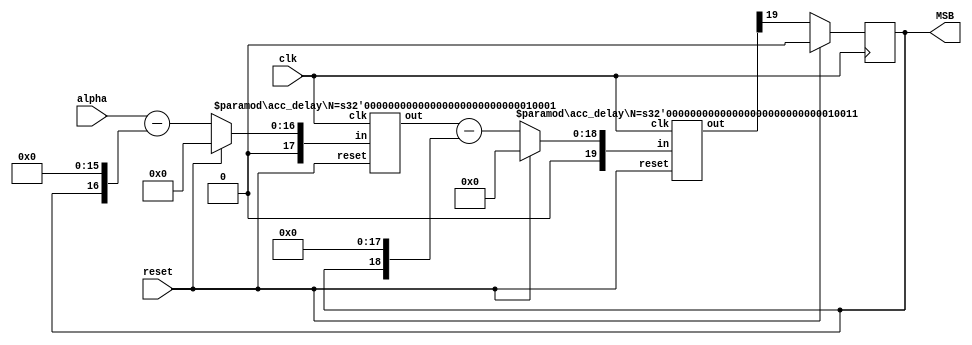
module dsm_order2 (alpha, reset, MSB, clk);
    input [15:0] alpha; // m = 3, [m-1:0]
    input clk, reset;
    output reg MSB;

    wire signed [16:0] vdiff1;  // m 
    wire signed [17:0] vint1;  // m+1
    wire signed [16:0] fb; // m
    wire signed [18:0] vdiff2; // m + 2
    wire signed [19:0] vint2; // m + 3
    
    
    //diff 1: vdiff1 = alpha - fb
    assign vdiff1 =  reset ? 17'b0 : ({1'b0, alpha} - fb);

    //accum a1 ({1'b0, vdiff1}, vint1, clk, reset);
    acc_delay #(17) a1 (clk, reset, {1'b0, vdiff1}, vint1);  //m+1

    //diff 2: vdiff2 = vint1 - fb
    assign vdiff2 = reset ? 19'b0 : ({1'b0, vint1} - {fb, {(2){1'b0}}});

    //int2 
    acc_delay #(19) a2 (clk, reset, {1'b0, vdiff2}, vint2); // m+3

    always @(posedge clk) 
    if (reset)
    begin
      MSB <= 1'b0;
    end
    else
    begin
       MSB <= vint2[19]; 
    end

    assign fb = {MSB,{(16){1'b0}}}; //m 

endmodule

module acc_delay #(parameter N=4) ( //N=4
  input clk, reset,
  input signed [N:0] in,
  output reg signed [N:0] out
);
  reg signed [N:0] reg_out = 0;
  always @(posedge clk) begin
    if (reset) begin
      reg_out <= 0;
      out <= 0;
    end
    else begin
      out <= in + reg_out;
      reg_out <= out;
    end
  end
endmodule